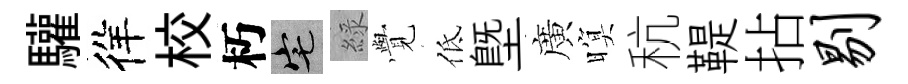
驩徉校朽宅綠𮗜低塈廣暝秔鞮拈剔